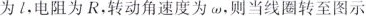
为l，电阻为R，转动角速度为ω，则当线圈转至图示